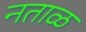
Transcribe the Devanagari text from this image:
नताळ